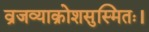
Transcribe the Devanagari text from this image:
व्रजव्याक्रोशसुस्मितः।